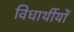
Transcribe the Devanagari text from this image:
विधार्थीयों